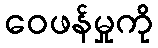
ဝေဖန်မှုကို